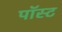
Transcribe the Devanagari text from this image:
पॉस्ट